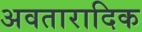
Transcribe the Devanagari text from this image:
अवतारादिक